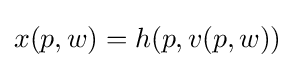
x(p,w)=h(p,v(p,w))